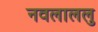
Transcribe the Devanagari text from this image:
नवलाललु